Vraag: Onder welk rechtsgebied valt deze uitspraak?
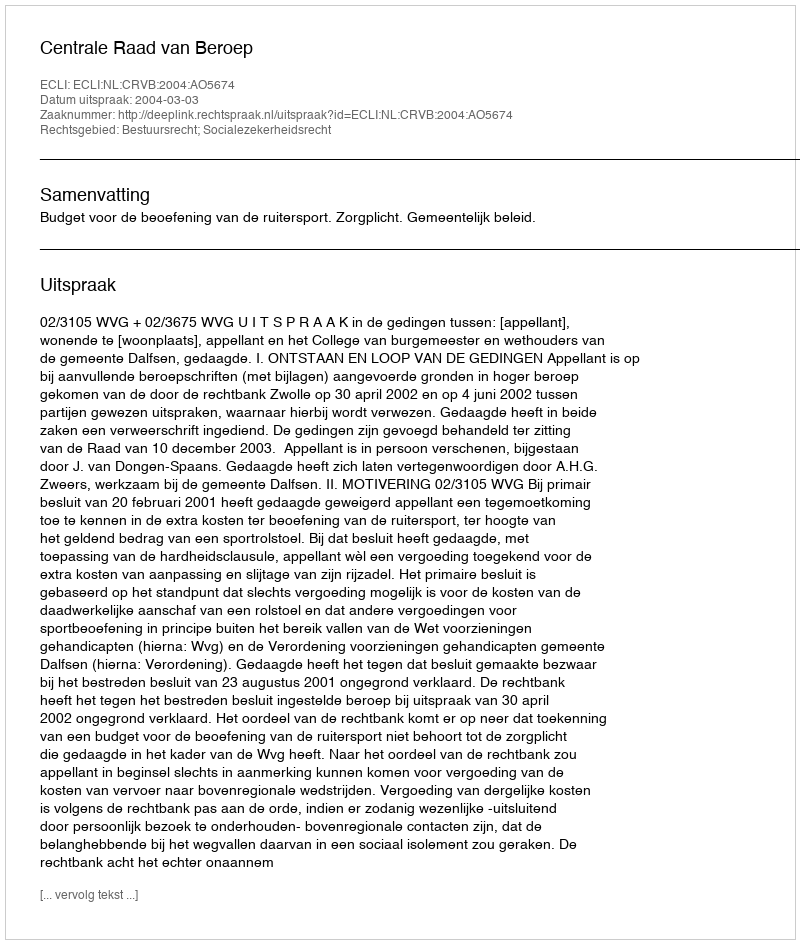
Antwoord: Bestuursrecht; Socialezekerheidsrecht